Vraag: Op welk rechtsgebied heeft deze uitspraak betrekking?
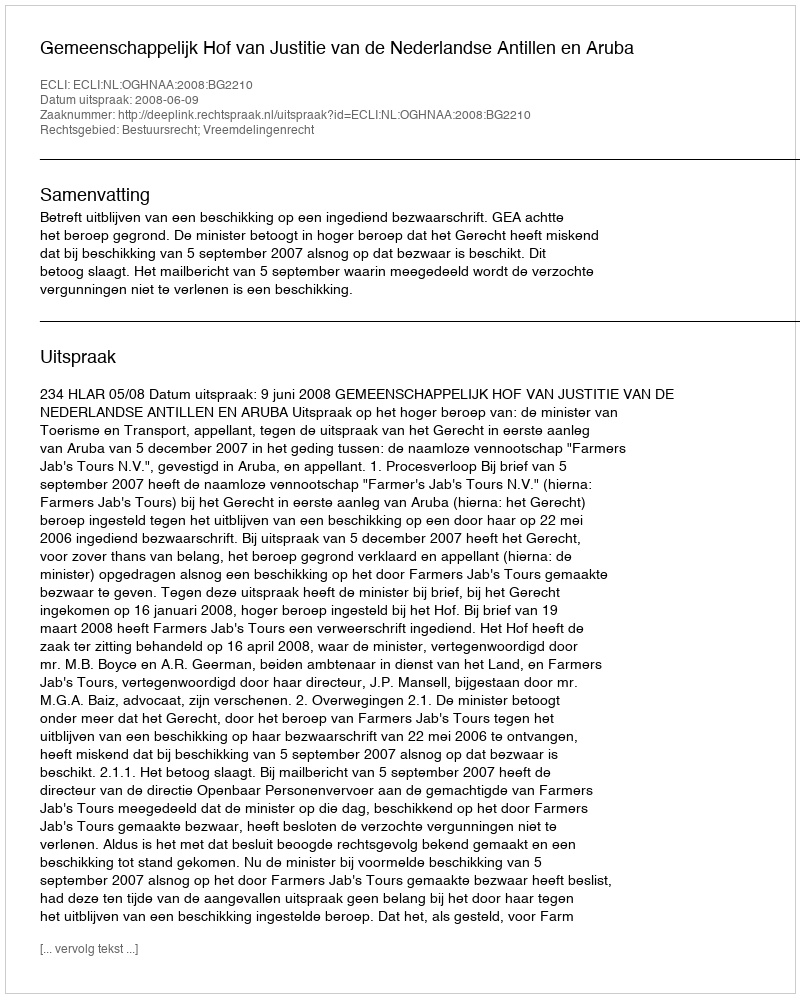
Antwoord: Bestuursrecht; Vreemdelingenrecht